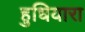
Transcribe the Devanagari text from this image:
हुधियारा